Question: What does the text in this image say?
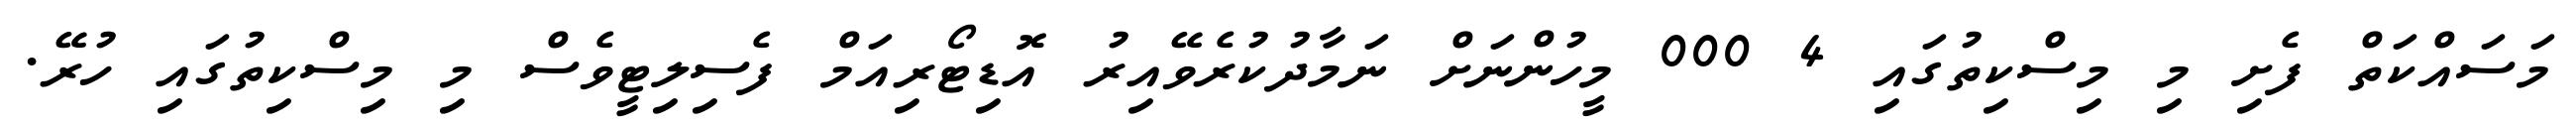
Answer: މަސައްކަތް ފެށި މި މިސްކިތުގައި 4 000 މީހުންނަށް ނަމާދުކުރެވޭއިރު އޮޑިޓޯރިއަމް ފެސިލިޓީވެސް މި މިސްކިތުގައި ހުރޭ.